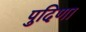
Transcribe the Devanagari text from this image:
पुदिणा